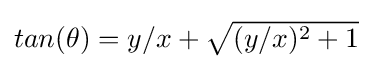
{\textstyle tan(\theta )=y/x+{\sqrt {(y/x)^{2}+1}}}